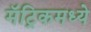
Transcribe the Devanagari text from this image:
मॅट्रिकमध्ये